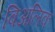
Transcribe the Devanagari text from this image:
बिअलिक